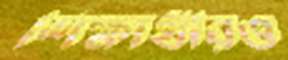
শিক্ষার্থীরও